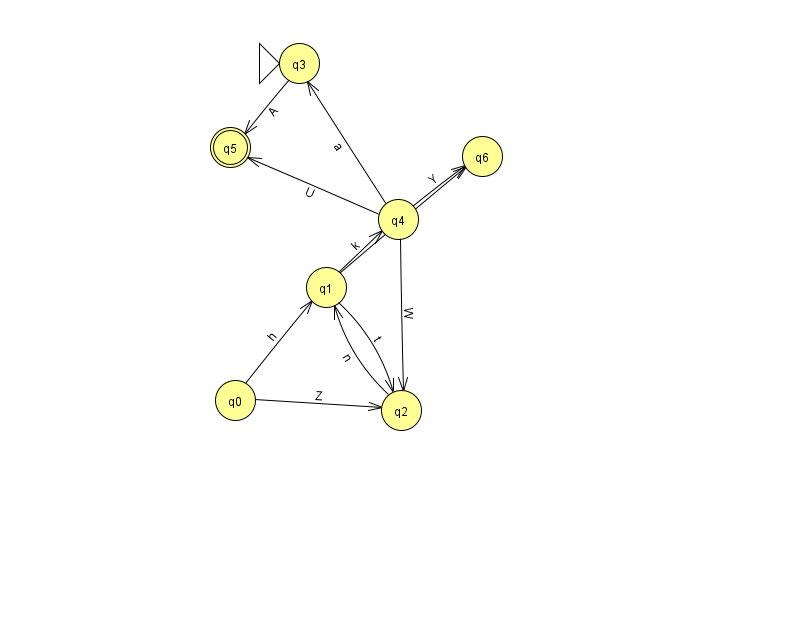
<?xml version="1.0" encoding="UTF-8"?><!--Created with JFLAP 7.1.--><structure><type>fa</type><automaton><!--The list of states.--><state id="0" name="q0"><x>235.0</x><y>387.0</y></state><state id="1" name="q1"><x>326.0</x><y>274.0</y></state><state id="2" name="q2"><x>401.0</x><y>397.0</y></state><state id="3" name="q3"><x>299.0</x><y>50.0</y><initial/></state><state id="4" name="q4"><x>398.0</x><y>206.0</y></state><state id="5" name="q5"><x>230.0</x><y>134.0</y><final/></state><state id="6" name="q6"><x>482.0</x><y>143.0</y></state><!--The list of transitions.--><transition><from>4</from><to>6</to><read>Y</read></transition><transition><from>0</from><to>2</to><read>Z</read></transition><transition><from>4</from><to>3</to><read>a</read></transition><transition><from>2</from><to>1</to><read>n</read></transition><transition><from>3</from><to>5</to><read>A</read></transition><transition><from>0</from><to>1</to><read>h</read></transition><transition><from>1</from><to>4</to><read>k</read></transition><transition><from>4</from><to>2</to><read>W</read></transition><transition><from>1</from><to>2</to><read>t</read></transition><transition><from>1</from><to>6</to><read>F</read></transition><transition><from>4</from><to>5</to><read>U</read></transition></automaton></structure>